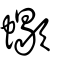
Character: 蠍